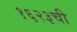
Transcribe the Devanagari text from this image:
१६२३ची